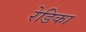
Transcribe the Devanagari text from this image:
रेडिका